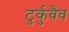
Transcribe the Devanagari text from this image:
टुर्कुवैव